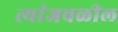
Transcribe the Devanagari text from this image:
त्यांजवळील